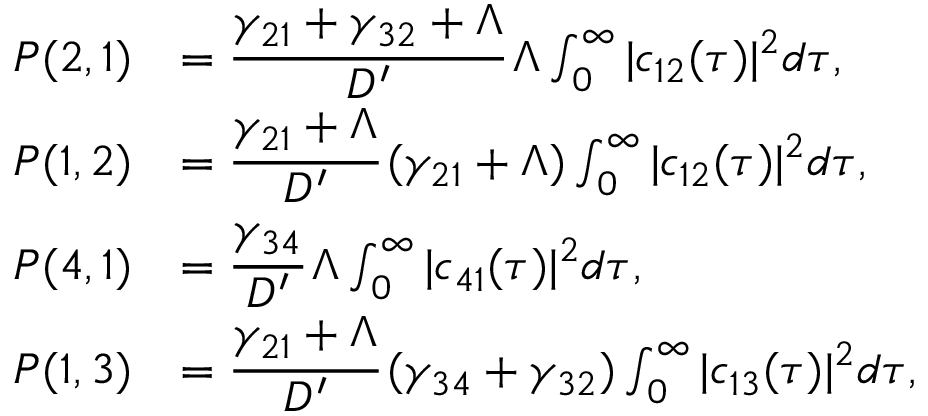
\begin{array} { r l } { P ( 2 , 1 ) } & { = \cfrac { \gamma _ { 2 1 } + \gamma _ { 3 2 } + \Lambda } { D ^ { \prime } } \, \Lambda \int _ { 0 } ^ { \infty } | c _ { 1 2 } ( \tau ) | ^ { 2 } d \tau , } \\ { P ( 1 , 2 ) } & { = \cfrac { \gamma _ { 2 1 } + \Lambda } { D ^ { \prime } } \, ( \gamma _ { 2 1 } + \Lambda ) \int _ { 0 } ^ { \infty } | c _ { 1 2 } ( \tau ) | ^ { 2 } d \tau , } \\ { P ( 4 , 1 ) } & { = \cfrac { \gamma _ { 3 4 } } { D ^ { \prime } } \, \Lambda \int _ { 0 } ^ { \infty } | c _ { 4 1 } ( \tau ) | ^ { 2 } d \tau , } \\ { P ( 1 , 3 ) } & { = \cfrac { \gamma _ { 2 1 } + \Lambda } { D ^ { \prime } } \, ( \gamma _ { 3 4 } + \gamma _ { 3 2 } ) \int _ { 0 } ^ { \infty } | c _ { 1 3 } ( \tau ) | ^ { 2 } d \tau , } \end{array}